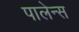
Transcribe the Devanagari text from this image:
पालेन्स